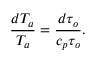
{ \frac { d T _ { a } } { T _ { a } } } = { \frac { d \tau _ { o } } { c _ { p } \tau _ { o } } } .